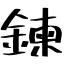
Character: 鍊